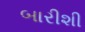
બારીશી